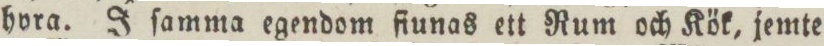
hora. J ſamma egendom fiunas ett Rum och Kök, jemte